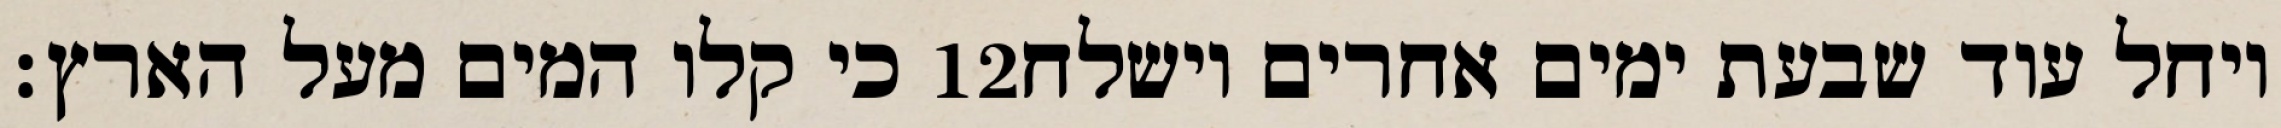
כי קלו המים מעל הארץ׃ ‎12‏ ויחל עוד שבעת ימים אחרים וישלח